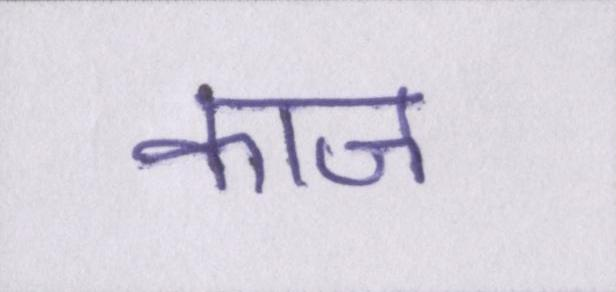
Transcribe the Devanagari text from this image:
काज